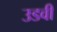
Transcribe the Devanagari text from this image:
उडवी